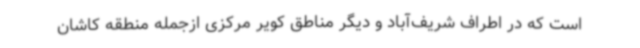
است که در اطراف شریف‌آباد و دیگر مناطق کویر مرکزی ازجمله منطقه کاشان